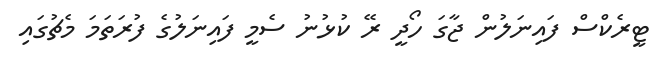
ޓީރެކްސް ފައިނަލުން ޖާގަ ހޯދީ ރޭ ކުޅުނު ސެމީ ފައިނަލުގެ ފުރަތަމަ މެޗުގައި